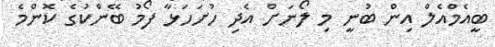
ބީއެމްއެލް އިން ބުނީ މި ލޯނަށް އެދި ހުށަހަޅާ ފޯމު ބޭންކުގެ ކޮންމެ